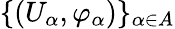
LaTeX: \{ (U_{\alpha},\varphi_{\alpha})\} _{\alpha\in A}